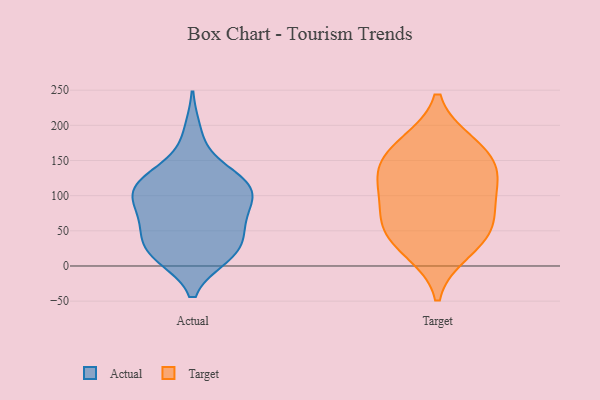
{"axis": {"x": "Budget (USD K)", "y": "Value"}, "legend": ["Actual", "Target"], "data": [{"x": "", "y": 123, "type": "Actual"}, {"x": "", "y": 109, "type": "Actual"}, {"x": "", "y": 114, "type": "Actual"}, {"x": "", "y": 14, "type": "Actual"}, {"x": "", "y": 101, "type": "Actual"}, {"x": "", "y": 190, "type": "Actual"}, {"x": "", "y": 69, "type": "Actual"}, {"x": "", "y": 19, "type": "Actual"}, {"x": "", "y": 65, "type": "Actual"}, {"x": "", "y": 36, "type": "Actual"}, {"x": "", "y": 96, "type": "Actual"}, {"x": "", "y": 141, "type": "Actual"}, {"x": "", "y": 120, "type": "Actual"}, {"x": "", "y": 84, "type": "Actual"}, {"x": "", "y": 15, "type": "Actual"}, {"x": "", "y": 56, "type": "Actual"}, {"x": "", "y": 16, "type": "Actual"}, {"x": "", "y": 111, "type": "Actual"}, {"x": "", "y": 40, "type": "Actual"}, {"x": "", "y": 128, "type": "Target"}, {"x": "", "y": 92, "type": "Target"}, {"x": "", "y": 70, "type": "Target"}, {"x": "", "y": 173, "type": "Target"}, {"x": "", "y": 42, "type": "Target"}, {"x": "", "y": 166, "type": "Target"}, {"x": "", "y": 118, "type": "Target"}, {"x": "", "y": 22, "type": "Target"}, {"x": "", "y": 52, "type": "Target"}, {"x": "", "y": 143, "type": "Target"}]}